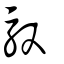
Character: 馭